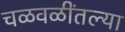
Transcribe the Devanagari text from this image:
चळवळींतल्या